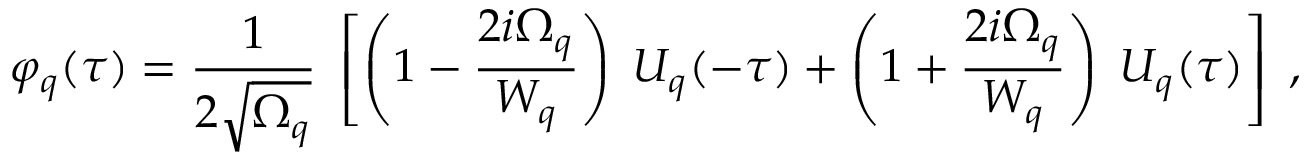
\varphi _ { q } ( \tau ) = { \frac { 1 } { 2 \sqrt { \Omega _ { q } } } } \; \left[ \left( 1 - { \frac { 2 i \Omega _ { q } } { { \cal { W } } _ { q } } } \right) \; U _ { q } ( - \tau ) + \left( 1 + { \frac { 2 i \Omega _ { q } } { { \cal { W } } _ { q } } } \right) \; U _ { q } ( \tau ) \right] \; ,